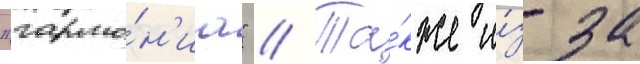
"гармо́н'иа" // Та́кже и́з-за